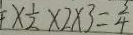
\times \frac { 1 } { 2 } \times 2 \times 3 = \frac { 3 } { 4 }